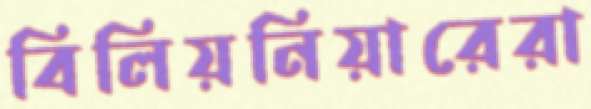
বিলিয়নিয়ারেরা